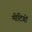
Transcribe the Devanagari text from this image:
मीटिगों